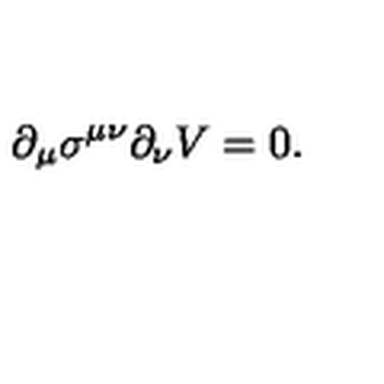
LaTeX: \partial _ { \mu } \sigma ^ { \mu \nu } \partial _ { \nu } V = 0 .